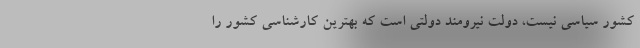
کشور سیاسی نیست، دولت نیرومند دولتی است که بهترین کارشناسی کشور را